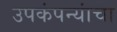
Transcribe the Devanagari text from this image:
उपकंपन्यांचा